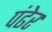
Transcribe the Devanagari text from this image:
पंढेर